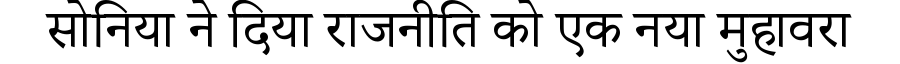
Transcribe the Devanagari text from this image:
सोनिया ने दिया राजनीति को एक नया मुहावरा